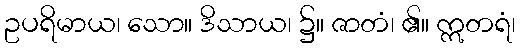
ဥပရိမာယ၊ သော။ ဒိသာယ၊ ၌။ ဇာတံ၊ ၏။ ဣတရံ၊